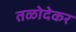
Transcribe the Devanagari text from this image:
तळोदेकर